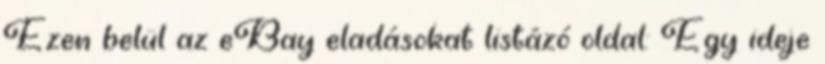
Ezen belül az eBay eladásokat listázó oldal: Egy ideje